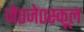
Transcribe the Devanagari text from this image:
जे०जे०स्कूल